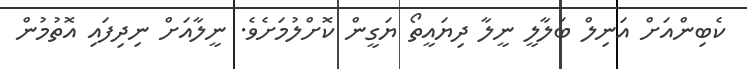
ކެބިންއަށް އަނިލް ބަލާލީ ނީލާ ދިޔައީތޯ ޔަގީން ކޮށްލުމަށެވެ. ނީލާއަށް ނިދިފައި އޮތުމުން